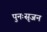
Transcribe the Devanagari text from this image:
पुनःसृजन